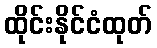
ထိုင်းနိုင်ငံထုတ်